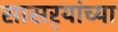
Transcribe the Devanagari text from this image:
सासर्‍यांच्या